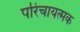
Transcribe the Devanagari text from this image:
परिचायत्मक